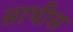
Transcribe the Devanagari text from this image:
साथीस